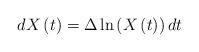
LaTeX: \begin{align*}dX\left( t\right) =\Delta \ln \left( X\left( t\right)\right) dt\end{align*}